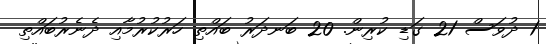
1 ދުވަސް 21 ގަޑި ކުރިން. 20 ބަނދަރު ބައްތި ހަރުކުރުމާއި ދެނެރުބައްތި